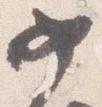
女